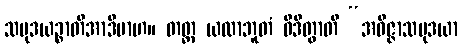
သမုဒယဉ္စာတိအာဒိမာဟ။ တတ္ထ ယထာဘူတံ ဝိဒိတွာတိ “အဝိဇ္ဇာသမုဒယာ